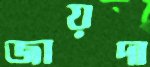
জায়দা